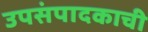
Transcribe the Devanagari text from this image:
उपसंपादकाची